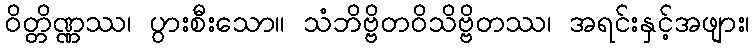
ဝိတ္တိဏ္ဏဿ၊ ပွားစီးသော။ သံဘိဗ္ဗိတဝိသိဗ္ဗိတဿ၊ အရင်းနှင့်အဖျား၊